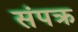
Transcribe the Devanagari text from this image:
संपक्र